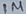
Text: 1M